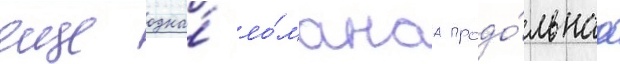
еще одна́ ло́манаа продо́льнаа